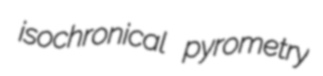
isochronical pyrometry